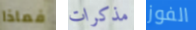
فماذا مذكرات الفوز